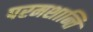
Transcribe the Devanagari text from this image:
परमशान्ति